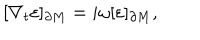
[ \nabla _ { t } \varepsilon ] _ { \partial M } = i \omega [ \varepsilon ] _ { \partial M } ,